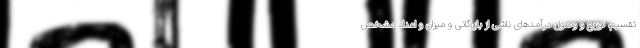
تقسیم، توزیع و وصول درآمدهای ناشی از بازرگانی و میزان و اعداد مشخص